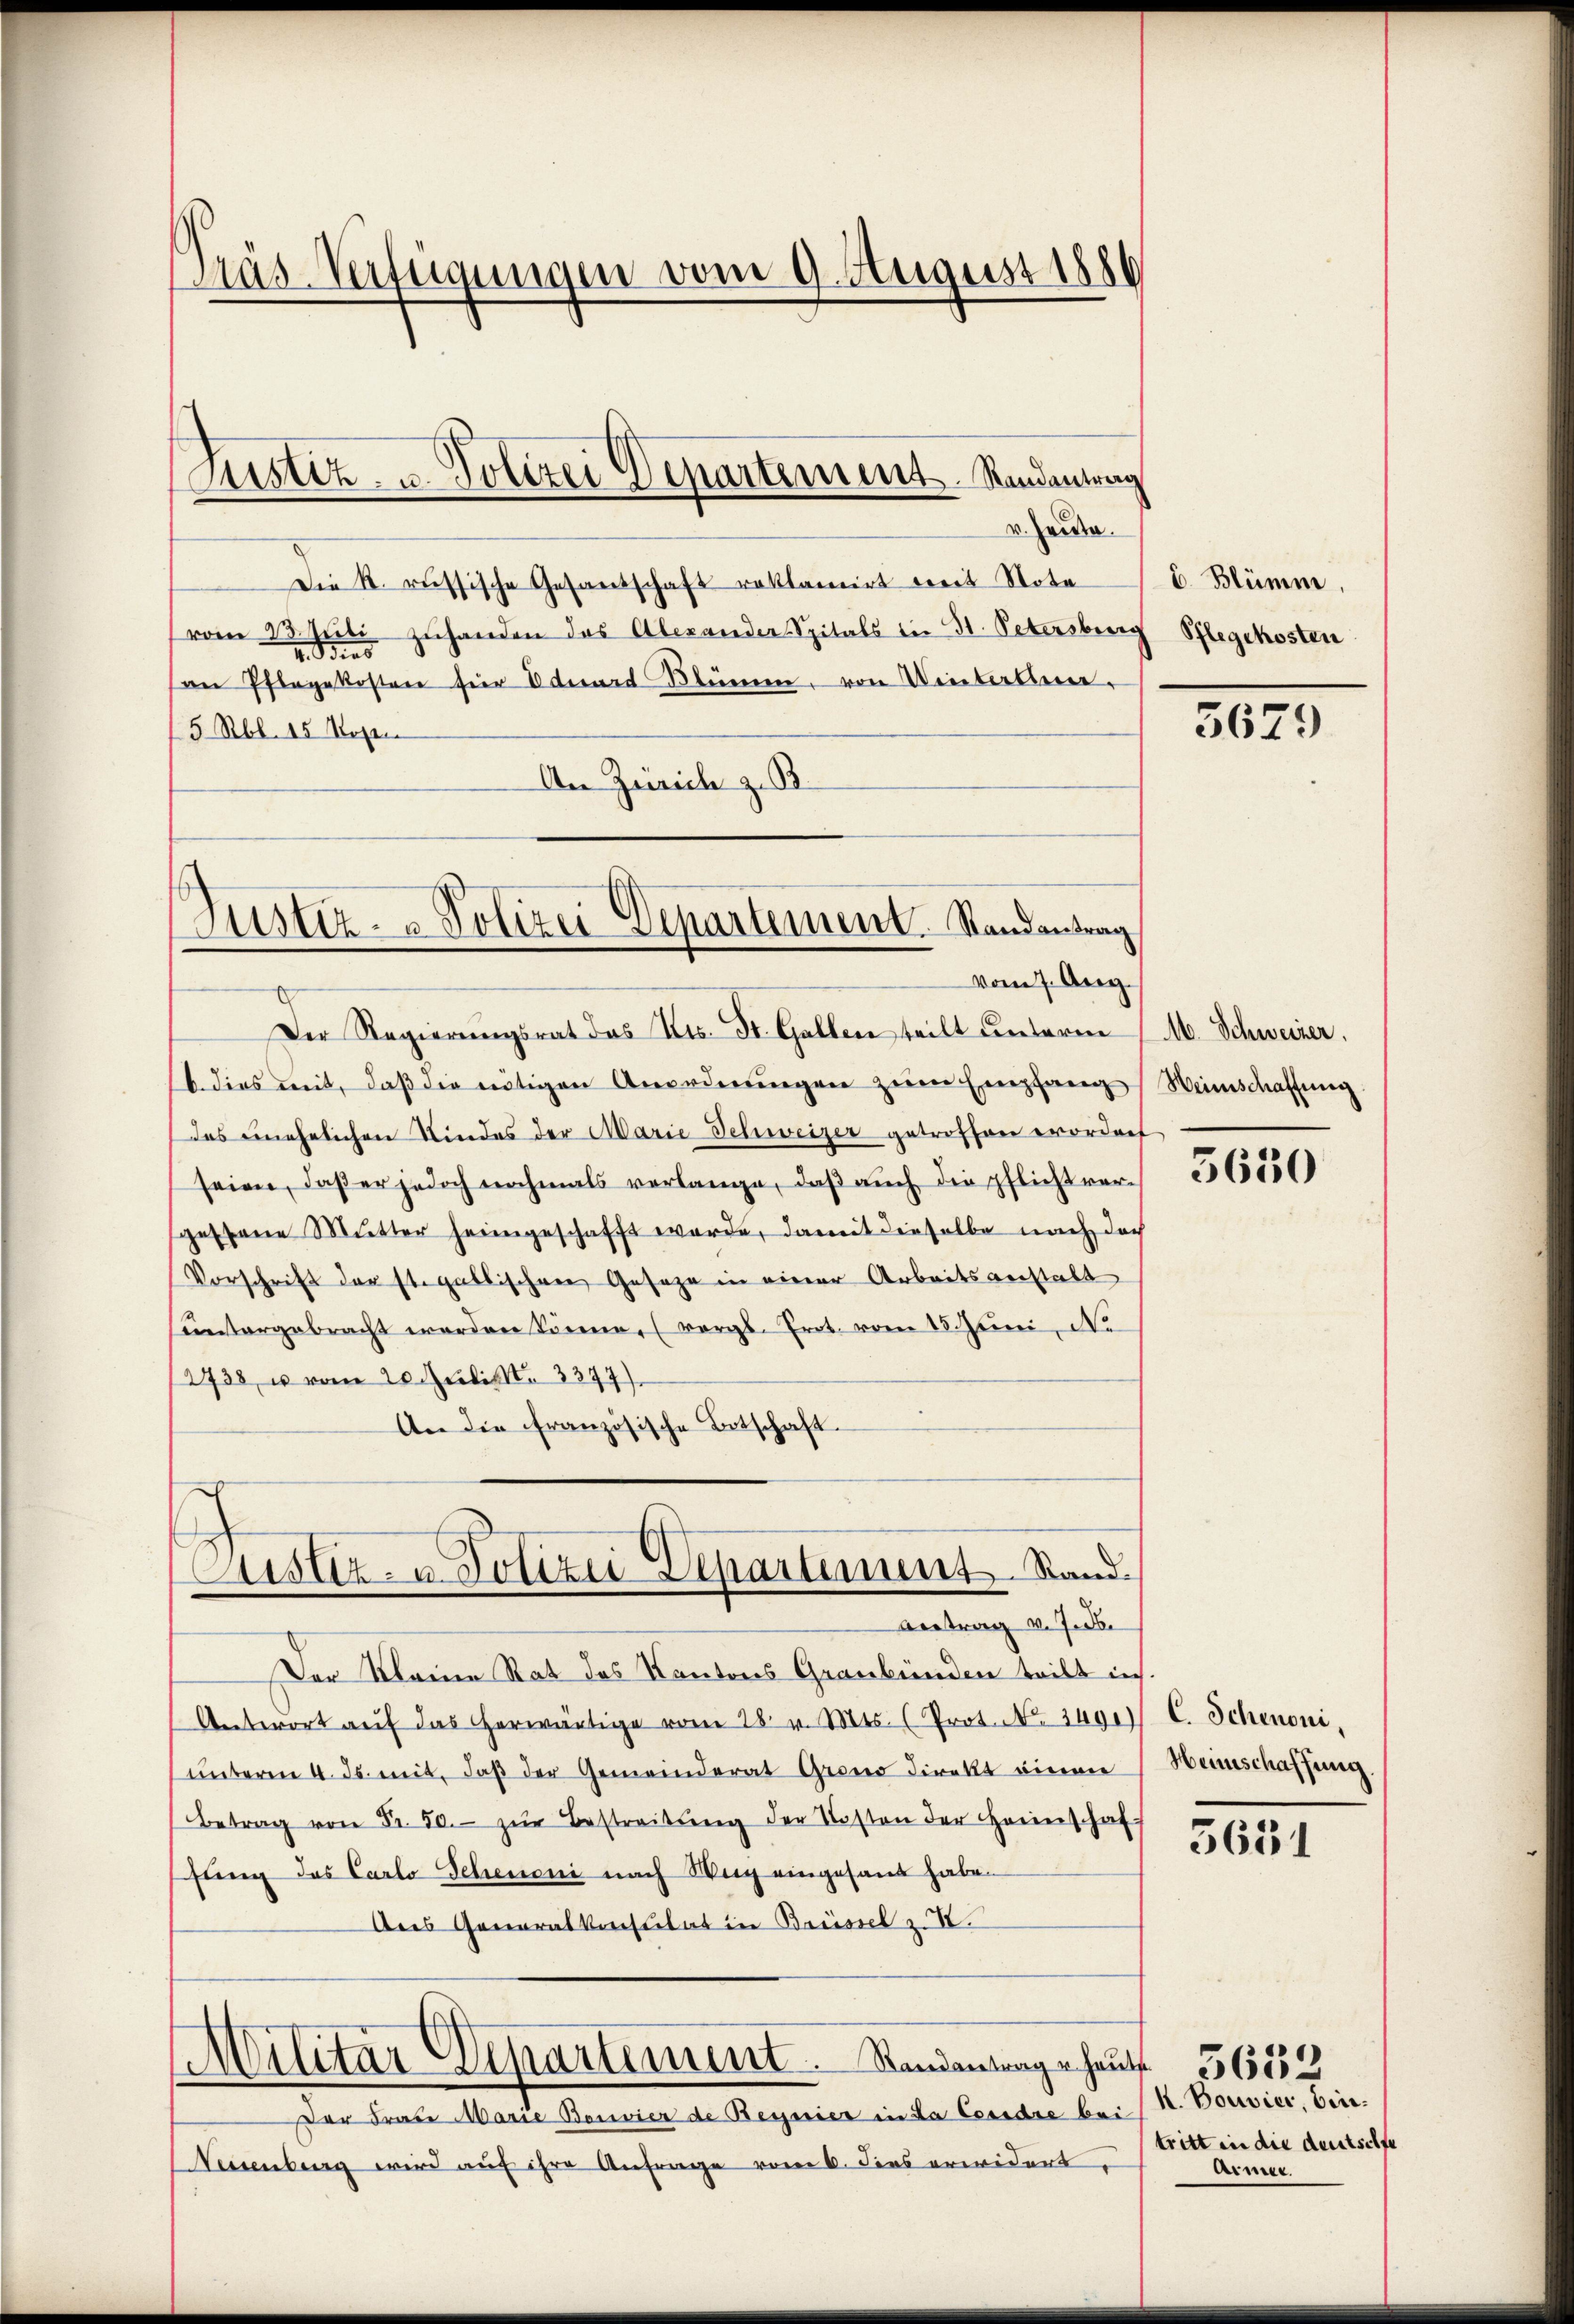
Träs-Verfügungen vom 9. August 1886

Die k. russische Gesandschaft reklamirt weit Note
vom 23. Juli handen das Alexander Spitals in St. Petersburg Pflegekosten
v. Bias
an Pflegekosten für Eduard Blüme, von Winterlini¬
/5 Rbl. 15 Mogen
An Zürich z. B.

Justiz- u. Polizei Departement Randantrag

v. Haide.

Justiz- & Polizei Departement. Randantrag
vom 7. Apri

Der Regierungsrat das Kts. St. Gallen teilt unterm
b. dies mit, daß die nötigen Anordnŭngen zŭm Empfang Weinschaffung
Das unehelichen Kindes der Marie Schweizer getroffen worden
seien, daβ er jedoch nochmals verlange, daβ aŭch die pflicht ver-
gestane Mutter heimgeschafft werde, damit dieselbe nach doch
Vorschrift der st. gallischen Geseze in einer Arbeitsanstalt
ŭntergebracht werden könne. (vergl. Trot. vom 15. Juni, No
2738, u vom 20. Juli No 3397)
An die französische Ortschaft.

Justiz- u. Polizei Departement Stand¬
Vertrag v. J. be

Der Kleine Rat des Kantons Graubünden teilt ins
Antwort aŭf das herwärtige vom 28. v. Mts. (Prot. No. 3491)
unterm 4. ds. mit, daß der Gemeinderat Grond direkt einen
Betrag von Fr. 50. zŭr Bestreitŭng der Kosten der Heimschaft
fung des Carlo Scheuoni nach Weg eingesand habe.
Das Generalkonsulat in Brüssel z

Militar Departement. Rindentrage haut. 56553

Der Frau Marie Bonvier de Begeier in da Essidie bei
Neuenburg wird auf ihre Anfrage vom 6. dies erwidert.

b. Blümm.

3679

M. Schweizer.

5630

C. Schenoni,
Heinschaffung.

5631

k. Bouvier, Eier.
tritt in die deutschfe
Armee.